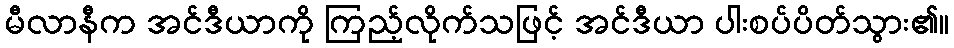
မီလာနီက အင်ဒီယာကို ကြည့်လိုက်သဖြင့် အင်ဒီယာ ပါးစပ်ပိတ်သွား၏။